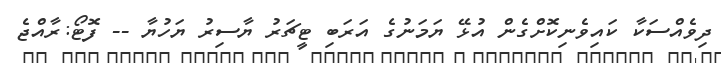
ދިވެއްސަކާ ކައިވެނިކޮށްގެން އުޅޭ ޔަމަނުގެ އަރަބި ޓީޗަރު ޔާސިރު ޔަހުޔާ -- ފޮޓޯ:ރާއްޖެ